Indian journal of veterinary science and animal husbandry - Volume 11,
Year: 1941
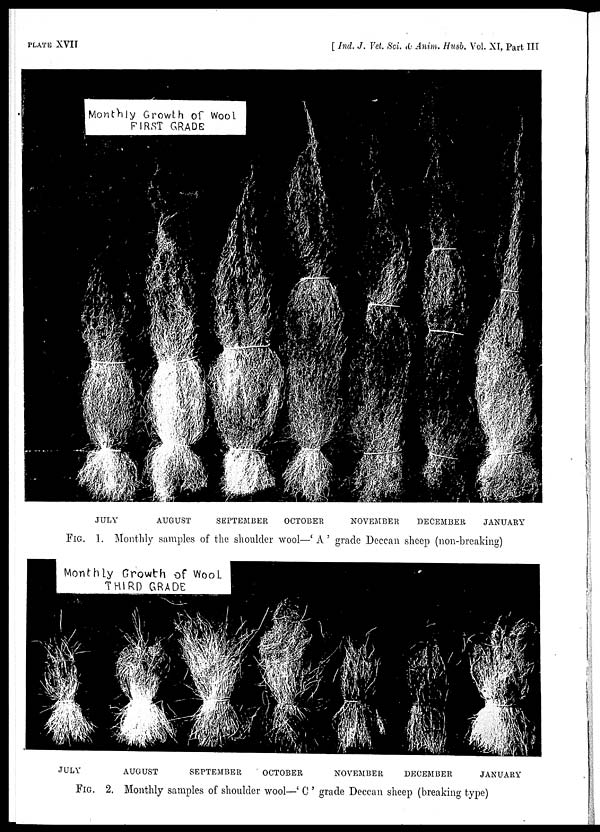
PLATE XVII
[ Ind. J. Vet. Sci. & Anim. Husb. Vol. XI, Part III
FIG. 1. Monthly samples of the shoulder wool—' A ' grade Deccan sheep (non-breaking)
FIG. 2. Monthly samples of shoulder wool—' C ' grade Deccan sheep (breaking type)